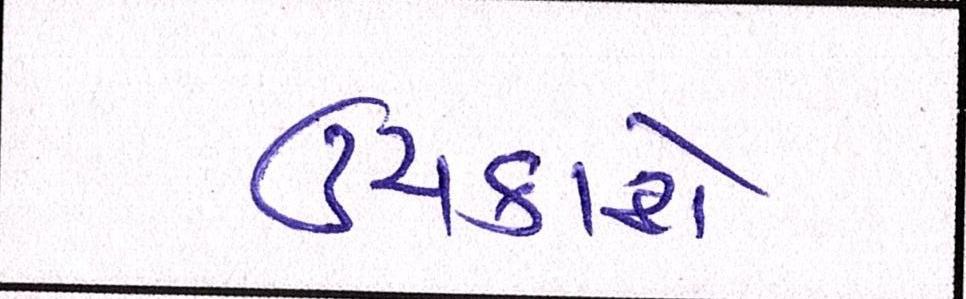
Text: ઉંચકાશે